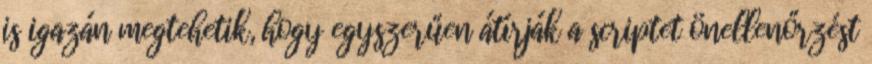
is igazán megtehetik, hogy egyszerűen átírják a scriptet önellenőrzést